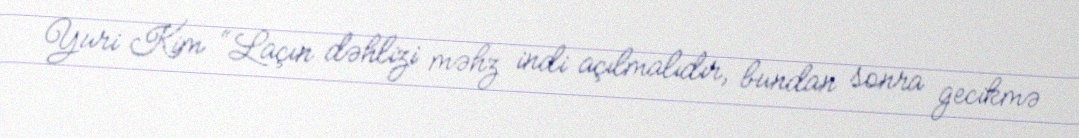
Yuri Kim “Laçın dəhlizi məhz indi açılmalıdır, bundan sonra gecikmə